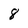
Character: 8